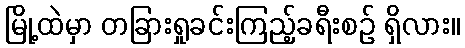
မြို့ထဲမှာ တခြားရှုခင်းကြည့်ခရီးစဉ် ရှိလား။